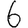
Digit: 6